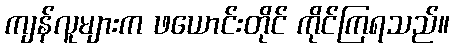
ကျန်လူများက ဖယောင်းတိုင် ကိုင်ကြရသည်။